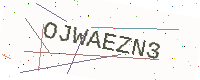
Text: OJWAEZN3